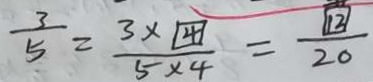
\frac { 3 } { 5 } = \frac { 3 \times \textcircled { 4 } } { 5 \times 4 } = \frac { \textcircled { 1 2 } } { 2 0 }